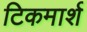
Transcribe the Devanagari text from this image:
टिकमार्श